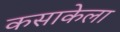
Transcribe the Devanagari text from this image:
कसाकेला